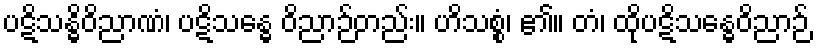
ပဋိသန္ဓိဝိညာဏံ၊ ပဋိသန္ဓေ ဝိညာဉ်တည်း။ ဟိသစ္စံ၊ ၏။ တံ၊ ထိုပဋိသန္ဓေဝိညာဉ်